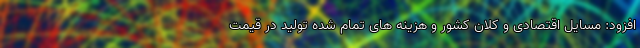
افزود: مسایل اقتصادی و کلان کشور و هزینه های تمام شده تولید در قیمت